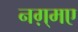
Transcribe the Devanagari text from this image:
नग़्मए